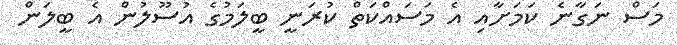
މަސް ނަގާނެ ކަމަށާއި އެ މަސައްކަތް ކުރަނީ ބީލަމުގެ އުސޫލުން އެ ބީލަން